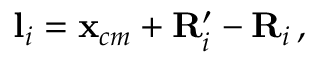
\mathbf { l } _ { i } = \mathbf { x } _ { c m } + \mathbf { R } _ { i } ^ { \prime } - \mathbf { R } _ { i } \, ,